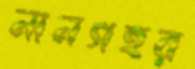
নানগহর